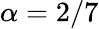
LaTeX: \alpha=2/7